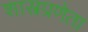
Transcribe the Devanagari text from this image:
शास्त्रप्रणेता